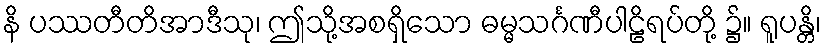
နိ ပဿတီတိအာဒီသု၊ ဤသို့အစရှိသော ဓမ္မသင်္ဂဏီပါဠိရပ်တို့ ၌။ ရူပန္တိ၊